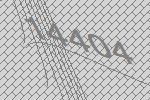
14404